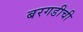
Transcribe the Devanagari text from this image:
बरगडीची